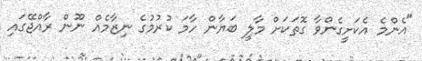
"އެންމެ އެކަށީގެންވާ ގޮތަކަށް މާލީ ބަޔާން ހާމަ ކުރުމުގެ ނިޒާމެއް ނޫން ރާއްޖޭގައި